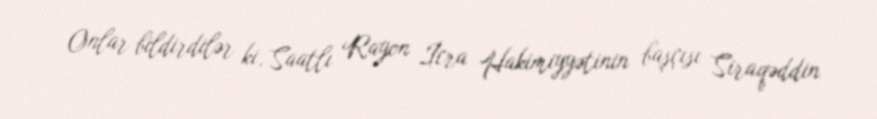
Onlar bildirdilər ki, Saatlı Rayon İcra Hakimiyyətinin başçısı Siraqəddin